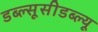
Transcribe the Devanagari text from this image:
डब्ल्सूसीडब्ल्यू